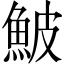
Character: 鮍